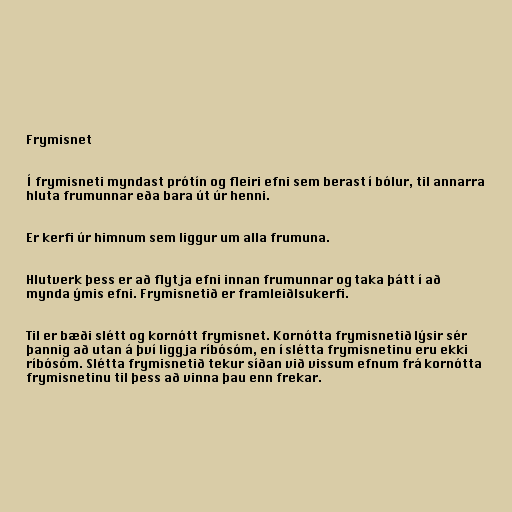
Frymisnet

Í frymisneti myndast prótín og fleiri efni sem berast í bólur, til annarra
hluta frumunnar eða bara út úr henni.

Er kerfi úr himnum sem liggur um alla frumuna.

Hlutverk þess er að flytja efni innan frumunnar og taka þátt í að
mynda ýmis efni. Frymisnetið er framleiðlsukerfi.

Til er bæði slétt og kornótt frymisnet. Kornótta frymisnetið lýsir sér
þannig að utan á því liggja ríbósóm, en í slétta frymisnetinu eru ekki
ríbósóm. Slétta frymisnetið tekur síðan við vissum efnum frá kornótta
frymisnetinu til þess að vinna þau enn frekar.